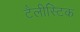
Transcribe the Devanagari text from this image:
टैलीस्टिक